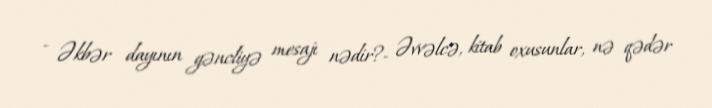
- Əkbər dayının gəncliyə mesajı nədir?- Əvvəlcə, kitab oxusunlar, nə qədər